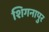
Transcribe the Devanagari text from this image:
शिगनापुर